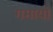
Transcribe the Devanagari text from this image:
गमायो